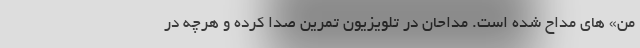
من» های مداح شده است. مداحان در تلویزیون تمرین صدا کرده و هرچه در